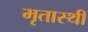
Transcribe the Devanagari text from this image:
मृतास्थी